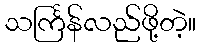
သင်္ကြန်လည်ဖို့တဲ့။